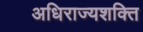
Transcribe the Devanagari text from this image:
अधिराज्यशक्ति